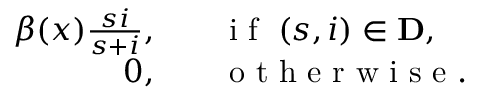
\begin{array} { r l } { \beta ( x ) { \frac { s i } { s + i } } , \quad } & { { } \mathrm { ~ i ~ f ~ } \; ( s , i ) \in \mathbf { D } , } \\ { 0 , \quad } & { { } \mathrm { ~ o ~ t ~ h ~ e ~ r ~ w ~ i ~ s ~ e ~ } . } \end{array}